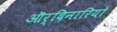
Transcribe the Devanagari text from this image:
ऒर्दिनारियो